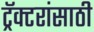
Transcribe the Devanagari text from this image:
ट्रॅक्टरांसाठी